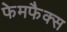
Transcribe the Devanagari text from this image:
फेमफैक्स